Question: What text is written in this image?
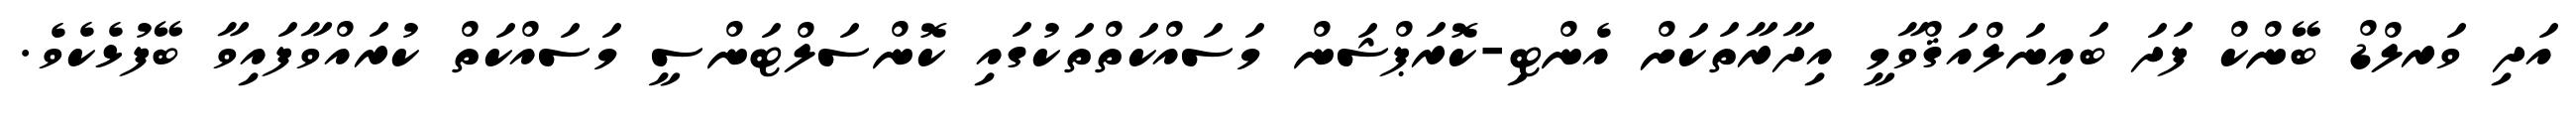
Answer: އަދި ވަރލްޑް ބޭންކް ފަދަ ބައިނަލްއަޤްވާމީ އިދާރާތަކަށް އެންޓި-ކޮރަޕްޝަން މަސައްކަތްތަކުގައި ކޮންސަލްޓަންސީ މަސައްކަތް ކުރައްވާފައިވާ ބޭފުޅެކެވެ.